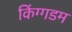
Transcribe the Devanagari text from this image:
किंग्गडम